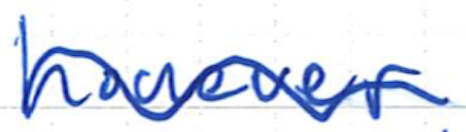
Text: however
Cross-out: wave
Writing tool: ballpoint